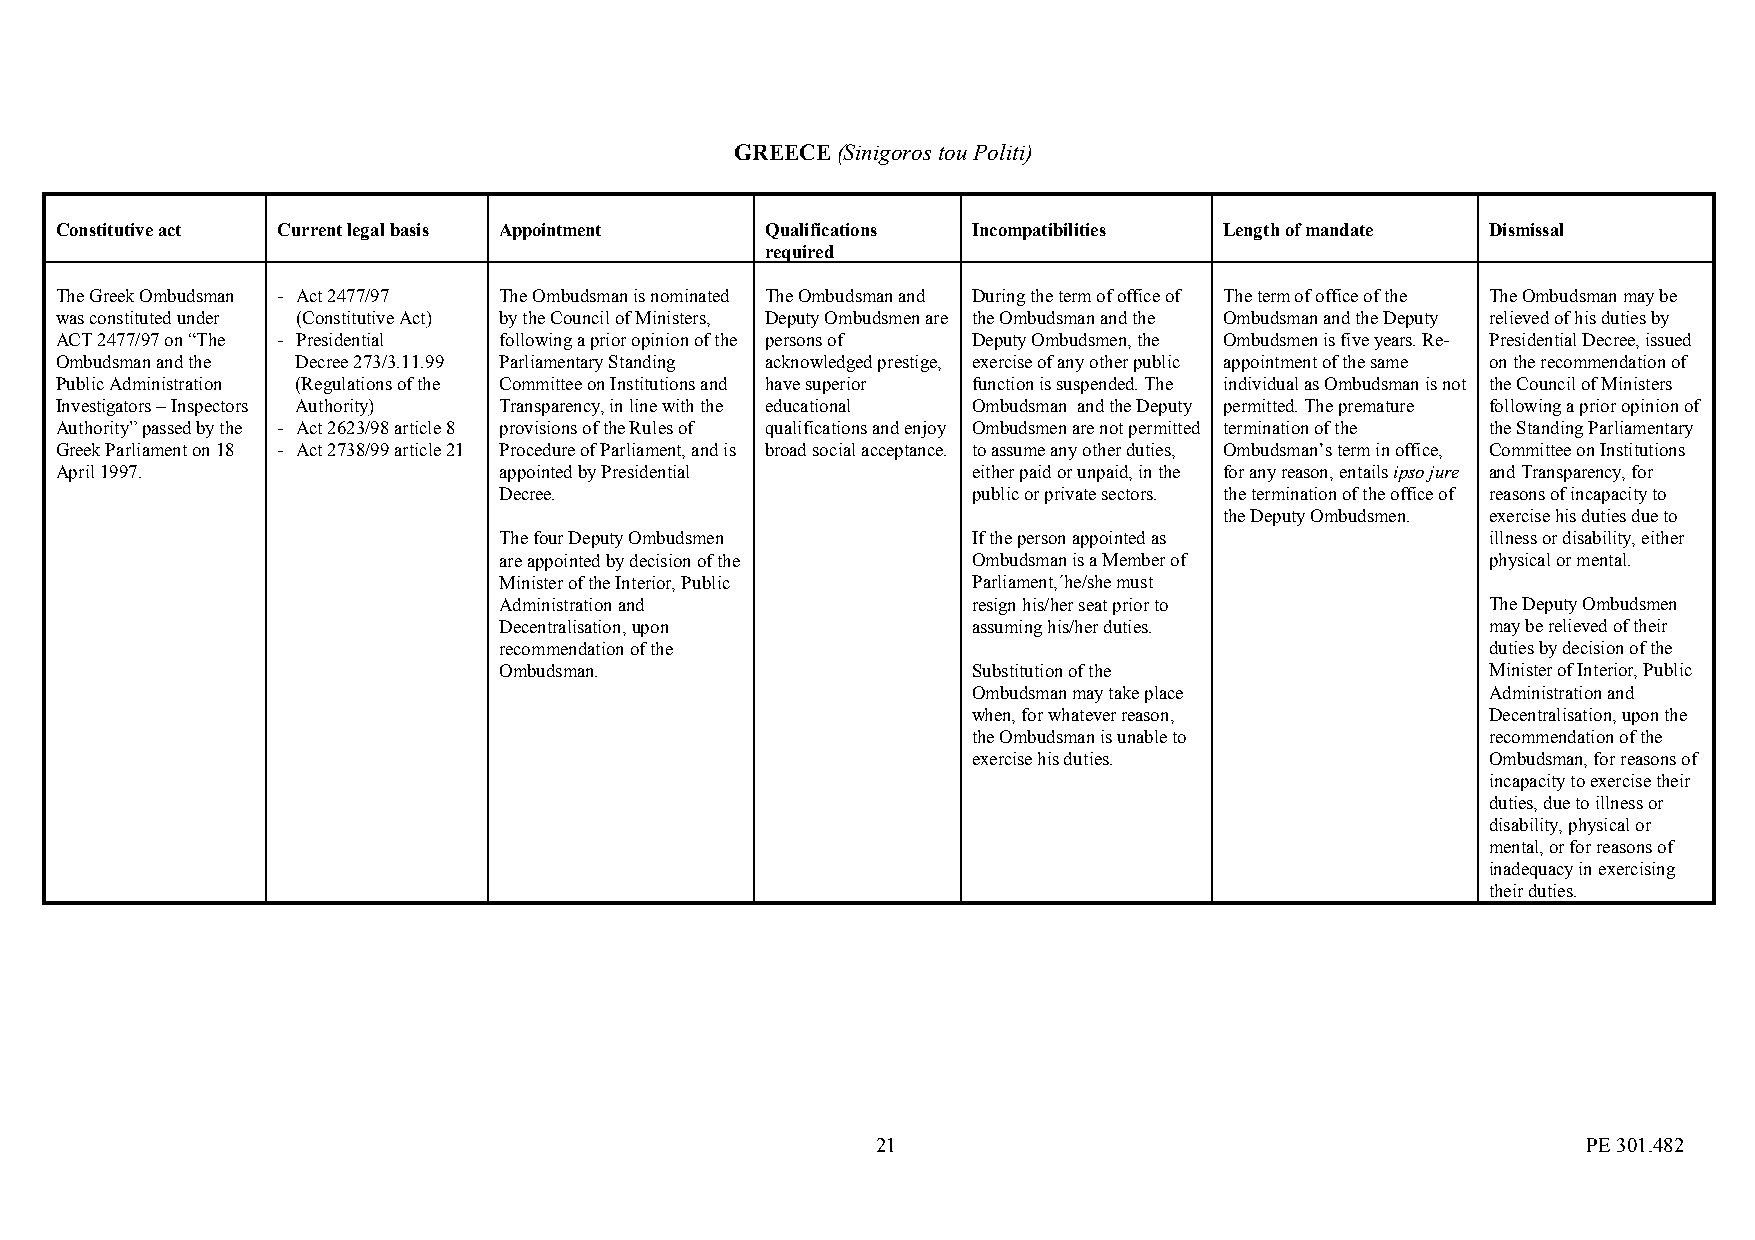
GREECE (Sinigoros tou Politi)
 Constitutive act Current legal basis Appointment Qualifications Incompatibilities Length of mandate Dismissal
 required
 The Greek Ombudsman - Act 2477/97 The Ombudsman is nominated The Ombudsman and During the term of office of The term of office of the The Ombudsman may be
 was constituted under (Constitutive Act) by the Council of Ministers, Deputy Ombudsmen are the Ombudsman and the Ombudsman and the Deputy relieved of his duties by
 ACT 2477/97 on “The - Presidential following a prior opinion of the persons of Deputy Ombudsmen, the Ombudsmen is five years. Re- Presidential Decree, issued
 Ombudsman and the Decree 273/3.11.99 Parliamentary Standing acknowledged prestige, exercise of any other public appointment of the same on the recommendation of
 Public Administration (Regulations of the Committee on Institutions and have superior function is suspended. The individual as Ombudsman is not the Council of Ministers
 Investigators – Inspectors Authority) Transparency, in line with the educational Ombudsman and the Deputy permitted. The premature following a prior opinion of
 Authority” passed by the - Act 2623/98 article 8 provisions of the Rules of qualifications and enjoy Ombudsmen are not permitted termination of the the Standing Parliamentary
 Greek Parliament on 18 - Act 2738/99 article 21 Procedure of Parliament, and is broad social acceptance. to assume any other duties, Ombudsman’s term in office, Committee on Institutions
 April 1997.                  appointed by Presidential      either paid or unpaid, in the for any reason, entails ipso jure and Transparency, for
 Decree.                        public or private sectors. the termination of the office of reasons of incapacity to
 the Deputy Ombudsmen. exercise his duties due to
 The four Deputy Ombudsmen      If the person appointed as         illness or disability, either
 are appointed by decision of the Ombudsman is a Member of         physical or mental.
 Minister of the Interior, Public Parliament,´he/she must
 Administration and             resign his/her seat prior to       The Deputy Ombudsmen
 Decentralisation, upon         assuming his/her duties.           may be relieved of their
 recommendation of the                                             duties by decision of the
 Ombudsman.                     Substitution of the                Minister of Interior, Public
 Ombudsman may take place           Administration and
 when, for whatever reason,         Decentralisation, upon the
 the Ombudsman is unable to         recommendation of the
 exercise his duties.               Ombudsman, for reasons of
 incapacity to exercise their
 duties, due to illness or
 disability, physical or
 mental, or for reasons of
 inadequacy in exercising
 their duties.
 21                                             PE 301.482